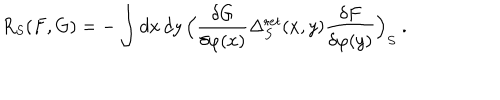
R _ { S } ( F , G ) = - \int d x \, d y \, \Bigl ( \frac { \delta G } { \delta \varphi ( x ) } \Delta _ { S } ^ { \mathrm r e t } ( x , y ) \frac { \delta F } { \delta \varphi ( y ) } \Bigr ) _ { S } \ .